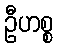
ဦဟစ္စ